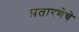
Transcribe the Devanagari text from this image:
प्रतारणेचे